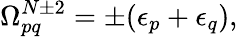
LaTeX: \Omega_{pq}^{N\pm 2}=\pm(\epsilon_{p}+\epsilon_{q}),